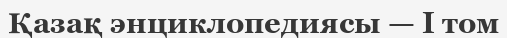
Қазақ энциклопедиясы — I том